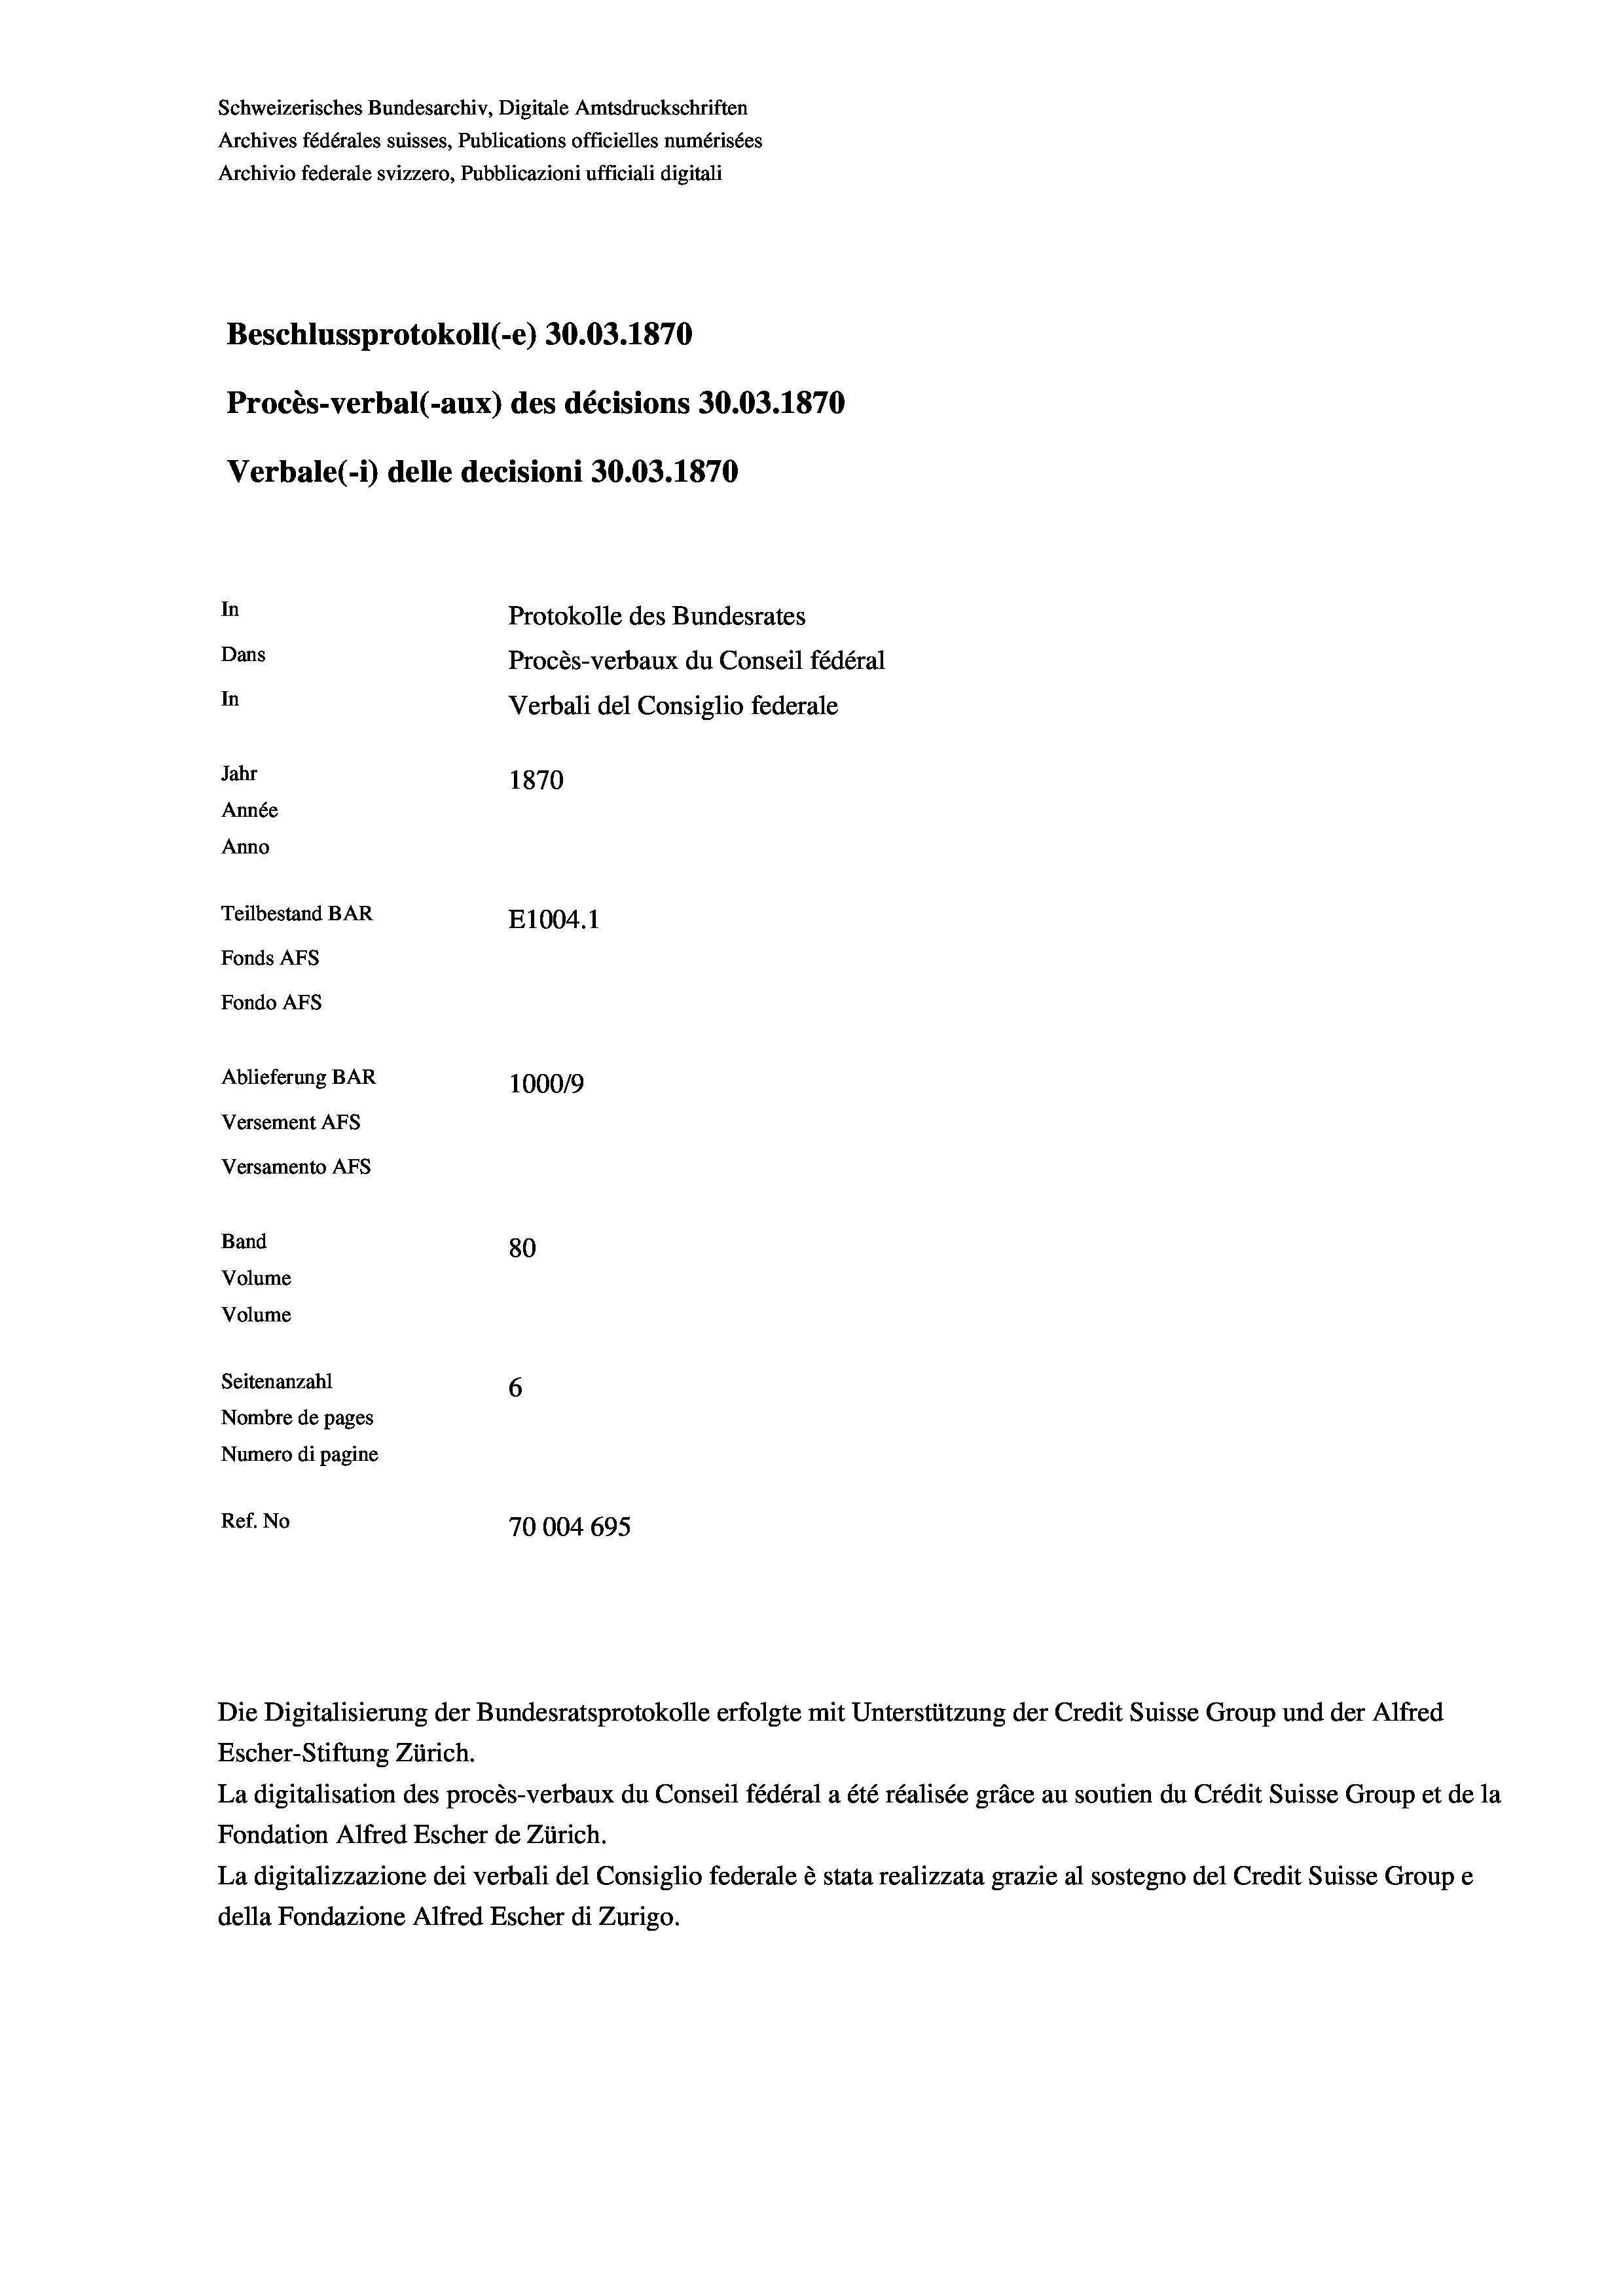
Schweizerisches Bundesarchiv, Digitale Amtsdruckschriften
Archives fédérales suisses, Publications officielles numérisées
Archivio federale svizzero, Pubblicazioni ufficiali digitali
Beschlussprotokoll (-e) 30.03. 1870
Procès-verbal (-aux) des décisions 30.03. 1870
Verbale (1) delle decisioni 30.03. 1870
In
Protokolle des Bundesrates
Dans
Procès-verbaux du Conseil fédéral
In
Verbali del Consiglio federale
Jahr
1870
Année
Anno
Teilbestand BAR
E1004.1
Fonds AFs
Fondo AFs
Ablieferung BAR
100019
Versement Abs
Versamento Afs
Band
80
Volume
Volume
Seitenanzahl
6
Nombre de pages
Numero di pagine
Ref. No
70004 695

La digitalisation des procès-verbaux du Conseil fédéral a été réalisée gräce au soutien du Crédit Suisse Group et de la
Fondation Alfred Escher de Zürich.
La digitalizzazione dei verbali del Consiglio federale è stata realizzata grazie al sostegno del Credit Suisse Groupe
della Fondazione Alfred Escher di Zurigo.

Escher-Stiftung Zürich.

Die Digitalisierung der Bundesratsprotokolle erfolgte mit Unterstützung der Credit Suisse Group und der Alfred